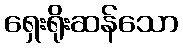
ရှေးရိုးဆန်သော